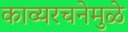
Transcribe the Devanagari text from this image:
काव्यरचनेमुळे